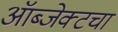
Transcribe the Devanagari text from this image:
ऑब्जेक्टचा